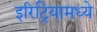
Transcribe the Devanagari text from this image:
इरिट्रियामध्ये